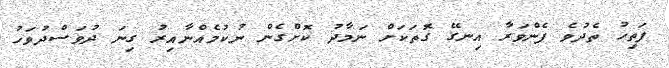
ފަތިހު ތެދުވެ ފެންވަރާ އިނގޭ ގޮތަކަށް ނަމާދު ކޮށްގެން ނުކުމެއްނާއިރު ގިނަ ދުވަސްދުވަހު